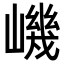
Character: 𡼠